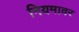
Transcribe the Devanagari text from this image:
नियमावर